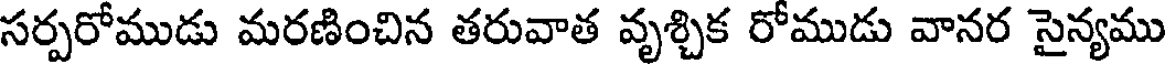
సర్పరోముడు మరణించిన తరువాత వృశ్చిక రోముడు వానర సైన్యము